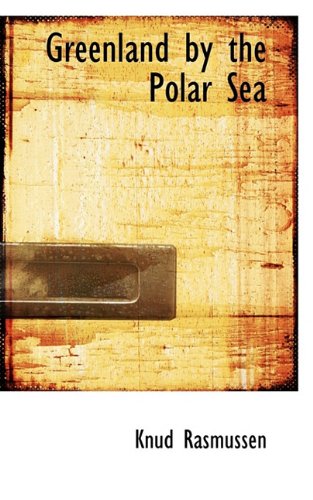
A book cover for Greenland by the Polar Sea; Knud Rasmussen; History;